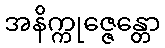
အနိက္ကုဇ္ဇေန္တော